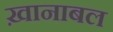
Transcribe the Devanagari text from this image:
ख़ानाबल